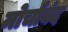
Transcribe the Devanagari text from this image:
मोर्चाबंद